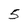
Character: 5